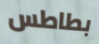
بطاطس